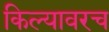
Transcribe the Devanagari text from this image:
किल्यावरच